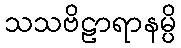
သသဗိဠာရာနမ္ပိ